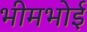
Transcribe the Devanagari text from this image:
भीमभोई